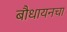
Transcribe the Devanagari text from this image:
बौधायनचा